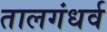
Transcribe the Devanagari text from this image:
तालगंधर्व